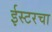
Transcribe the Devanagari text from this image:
ईस्टरचा